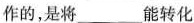
作的，是将___能转化